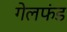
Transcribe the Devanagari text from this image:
गेलफंड